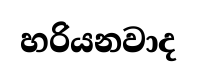
හරියනවාද